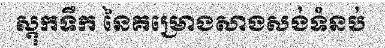
ស្តុកទឹក នៃគម្រោងសាងសង់ទំនប់